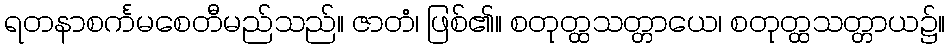
ရတနာစင်္ကမစေတီမည်သည်။ ဇာတံ၊ ဖြစ်၏။ စတုတ္ထသတ္တာယေ၊ စတုတ္ထသတ္တာယ၌။